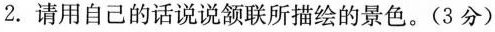
2. 请用自己的话说说颔联所描绘的景色。(3分)